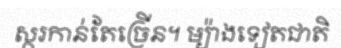
ស្ករកាន់តែច្រើន។ ម្យ៉ាងទៀតជាតិ